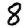
Digit: 8